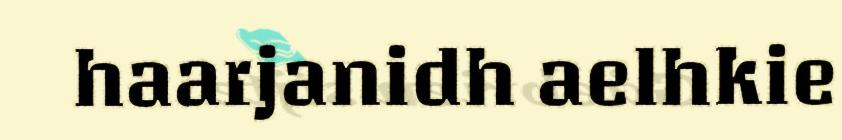
haarjanidh aelhkie